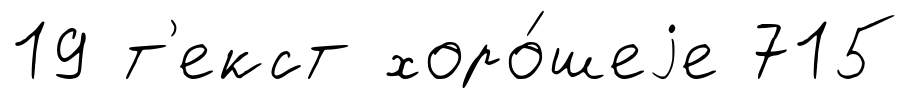
19 т'екст хоро́шеjе 715